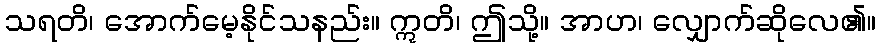
သရတိ၊ အောက်မေ့နိုင်သနည်း။ ဣတိ၊ ဤသို့။ အာဟ၊ လျှောက်ဆိုလေ၏။